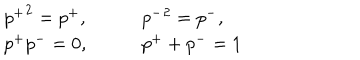
LaTeX: \begin{array} { l l } { { { p ^ { + } } ^ { 2 } = p ^ { + } , } } & { { \qquad { p ^ { - } } ^ { 2 } = p ^ { - } , } } \\ { { p ^ { + } p ^ { - } = 0 , } } & { { \qquad p ^ { + } + p ^ { - } = 1 } } \\ \end{array}